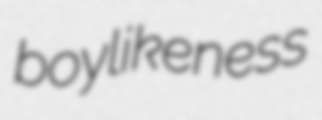
boylikeness